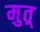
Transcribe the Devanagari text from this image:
मुत्र्